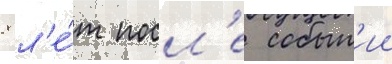
8 л'е́т посл'е событ'ии